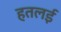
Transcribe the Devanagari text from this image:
हतलई